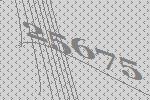
25675